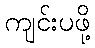
ကျင်းပဖို့